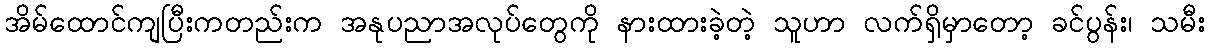
အိမ်ထောင်ကျပြီးကတည်းက အနုပညာအလုပ်တွေကို နားထားခဲ့တဲ့ သူဟာ လက်ရှိမှာတော့ ခင်ပွန်း၊ သမီး